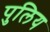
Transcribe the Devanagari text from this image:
पुलिय